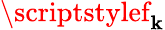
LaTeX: \scriptstylef_{\mathbf{k}}